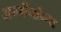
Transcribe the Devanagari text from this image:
अस्थैर्याच्या